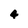
Character: 4